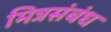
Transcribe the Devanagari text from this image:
मित्रसंबंध